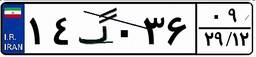
۱۱گ۱۷۳۲۱